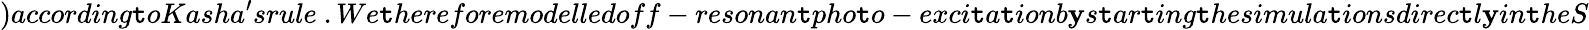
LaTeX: )according\mathtt{t}oKasha^{\prime}srule~.We\mathtt{t}hereforemodelledoff-resonan\mathtt{t}pho\mathtt{t}o-exci\mathtt{t}a\mathtt{t}ionb\mathbf{y}s\mathtt{t}ar\mathtt{t}ing\mathtt{t}hesimula\mathtt{t}ionsdirec\mathtt{t}l\mathbf{y}in\mathtt{t}heS